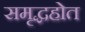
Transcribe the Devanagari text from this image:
समृद्धहोत